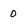
Character: O